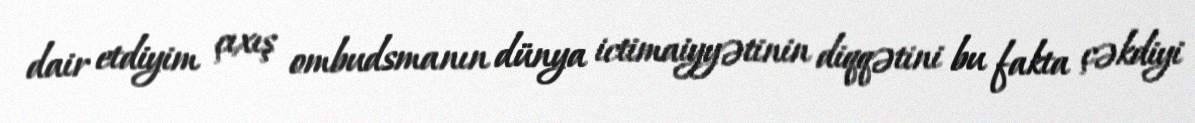
dair etdiyim çıxış ombudsmanın dünya ictimaiyyətinin diqqətini bu fakta çəkdiyi